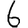
Digit: 6